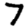
Digit: 7